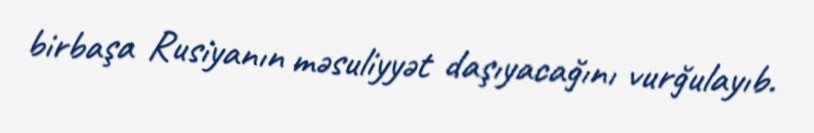
birbaşa Rusiyanın məsuliyyət daşıyacağını vurğulayıb.